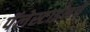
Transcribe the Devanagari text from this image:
पॅलेस्टाईनचे